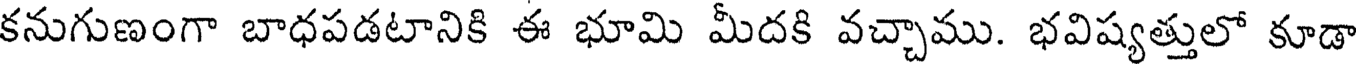
కనుగుణంగా బాధపడటానికి ఈ భూమి మీదకి వచ్చాము. భవిష్యత్తులో కూడా